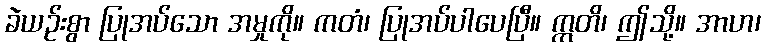
ခဲယဉ်းစွာ ပြုအပ်သော အမှုကို။ ကတံ၊ ပြုအပ်ပါပေပြီ။ ဣတိ၊ ဤသို့။ အာဟ၊